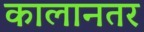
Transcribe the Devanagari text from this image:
कालानतर